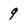
Character: 9